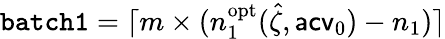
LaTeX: \mathtt{batch1}=\lceil m\times(n_{1}^{\mathrm{opt}}(\hat{\zeta},\mathsf{acv}_{0})-n_{1})\rceil